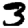
Digit: 3